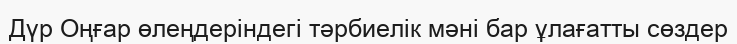
Дүр Оңғар өлеңдеріндегі тәрбиелік мәні бар ұлағатты сөздер